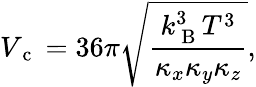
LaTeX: V_{\mathrm{~c~}}=36\pi\sqrt{\frac{k_{\mathrm{~B~}}^{3}T^{3}}{\kappa_{x}\kappa_{y}\kappa_{z}}},